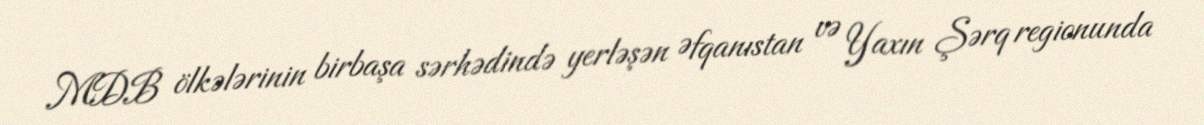
MDB ölkələrinin birbaşa sərhədində yerləşən Əfqanıstan və Yaxın Şərq regionunda